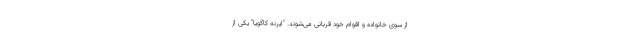
از سوی خانواده و اقوام خود قربانی می‌شوند. "ایرنه کاگویا" یکی از